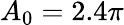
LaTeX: A_{0}=2.4\pi